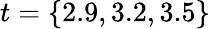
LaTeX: t=\{ 2.9,3.2,3.5\}